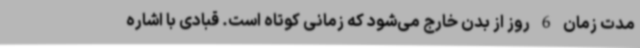
مدت زمان 6 روز از بدن خارج می‌شود که زمانی کوتاه است. قبادی با اشاره